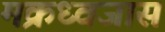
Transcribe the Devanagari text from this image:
मक्रध्वजास